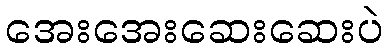
အေးအေးဆေးဆေးပဲ